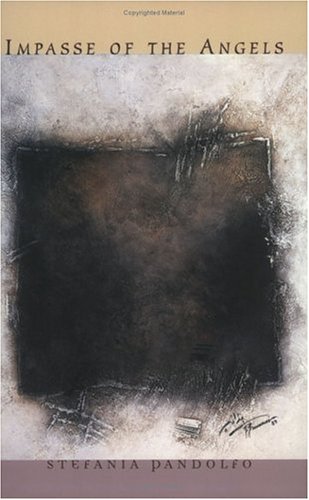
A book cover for Impasse of the Angels: Scenes from a Moroccan Space of Memory; Stefania Pandolfo; Medical Books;